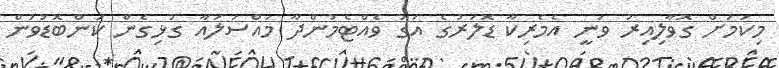
މިކަމަށް ގޮވާލިއިރު ވަނީ އެމެރިކާ ޑޮލަރުގެ އަގު ވެއްޓެމުންދާ މައްސަލައާ ގުޅިގެން ކަންބޮޑުވުން